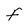
Character: F